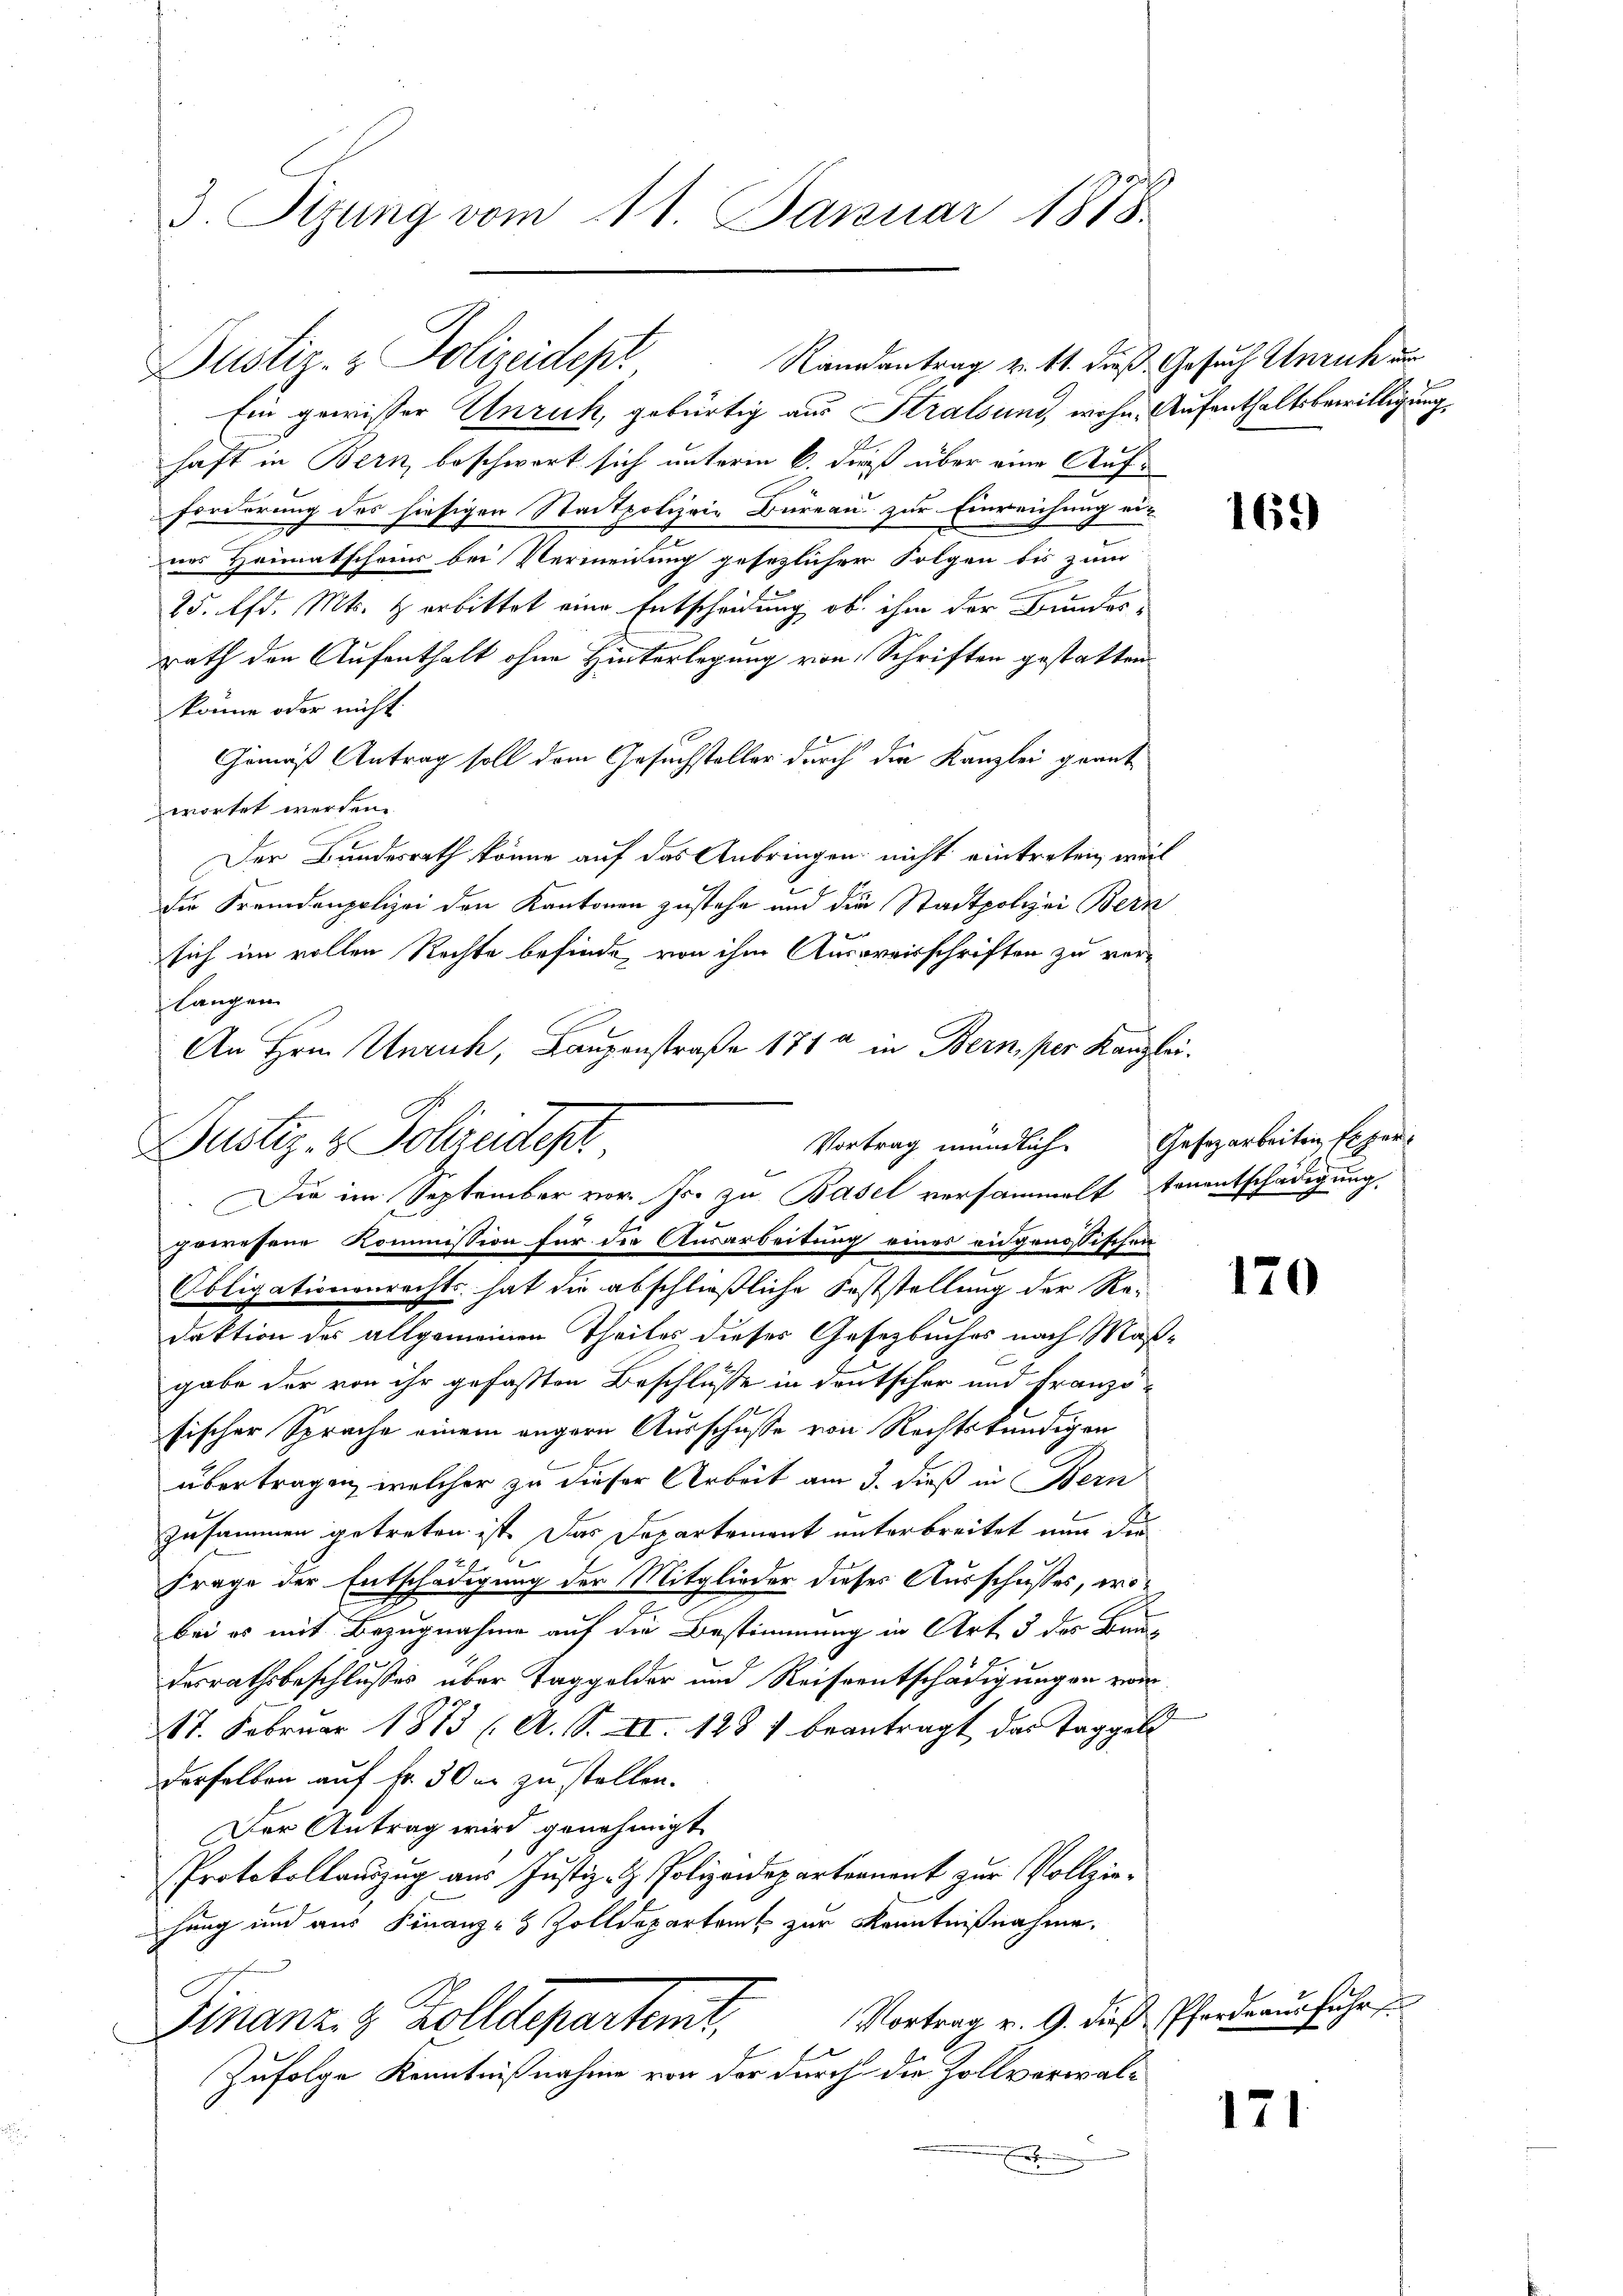
3. Stzung vom 11. Januar 1878.

Ein gewisser Unrich, gebürtig aus Stralsund, wohne Aufenthaltsbewilligung
haft in Bern, beschwart sich unterm 6. dieß über eine Aufforderung des hiesigen Stadtpolizeie Bureau zur Einreichung ei-
nes Heimatscher bei Vermeidung gesezlicher Folgen bis zum
25. Ad. Mts. & erbittet eine Entscheidung, ob ihm der Bundesrath den Aufenthalt ohne Hinterlegung von Schriften gestatten.
könne oder nicht.
Gemäß Antrag soll dem Gesuchsteller durch die Kanzlei geantwortet werden.
Der Bundesrath könne auf das Anbringen nicht eintreten, weil
Die Fremdenpolizei den Kantonen zustehe und die Stadtpolizei Bern
sich im vollen Rechte befinde, von ihm Ausweisschriften zu verlangen
An Hrn. Unrich, Laupenstraße 171 a in Bern, per Kanzlei.
Justiz- & Polizeistest
gressene Kommission für die Ausarbeitung eines eidgenössischen
Obligationenrechts hat die abschließliche Feststellung der Re-
daktion des allgemeinen Theiles dieses Gesetzbuches nach Maßgabe der von ihr gefaßten Beschlüsse in deutscher und Französischer Sprache einem angern Ausschusse von Rechtskundigen
übertragen, welcher zu dieser Arbeit am 3. dieß in Bern
zusammen getreten ist. Das Departement unterbreitet nun die
12 f
Frage der Entschädigung der Mitglieder dieses Ausschusses, wobei es mit Bezugnahme auf die Bestimmung in Art. 3 des Baudesrathsbeschlusses über Taggelder und Reiseentschädigungen von
17. Februar 1873 (A. S. II. 1881 beantragt das Taggeld
derselben auf Fr. 50 m zu stellen.
Der Antrag wird genehmigt.
Protokollauszug aus Justiz- & Polizeidepartrauent zur Vollziehung und aus Finanz-8 Zolldepartems zur Kenntnißnahme.
Vortrag v. 9. dieß Pferdrausführ
Finanz & Zolldeparten,
Zufolge Kenntnißnahme von der durch die Zollverwal¬
E

Justiz- & Polizeidept Randantrag v. 11. dieß Gesuch Unrich un

Vortrag mündlich. Gesezarbeiten Exper
Die im September vor. Js. zu Basel versammelt tenentschädigung

169)

120

171